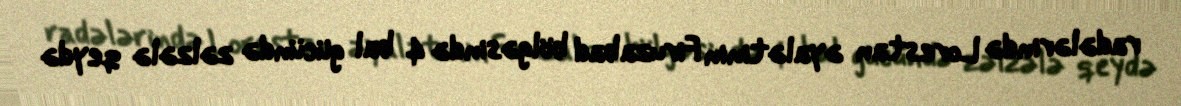
radələrində Lorestan əyalətinin Firuzabad bölgəsində 4 bal gücündə zəlzələ qeydə